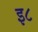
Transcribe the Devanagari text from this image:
इ८